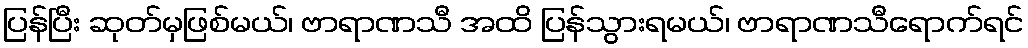
ပြန်ပြီး ဆုတ်မှဖြစ်မယ်၊ ဗာရာဏသီ အထိ ပြန်သွားရမယ်၊ ဗာရာဏသီရောက်ရင်